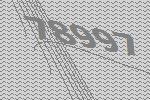
78997